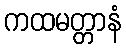
ကထမတ္တာနံ